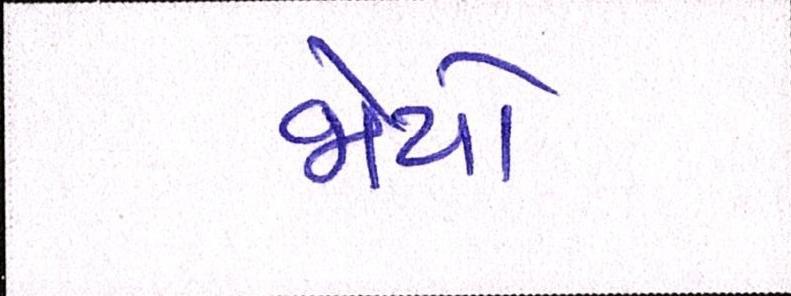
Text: જોયો